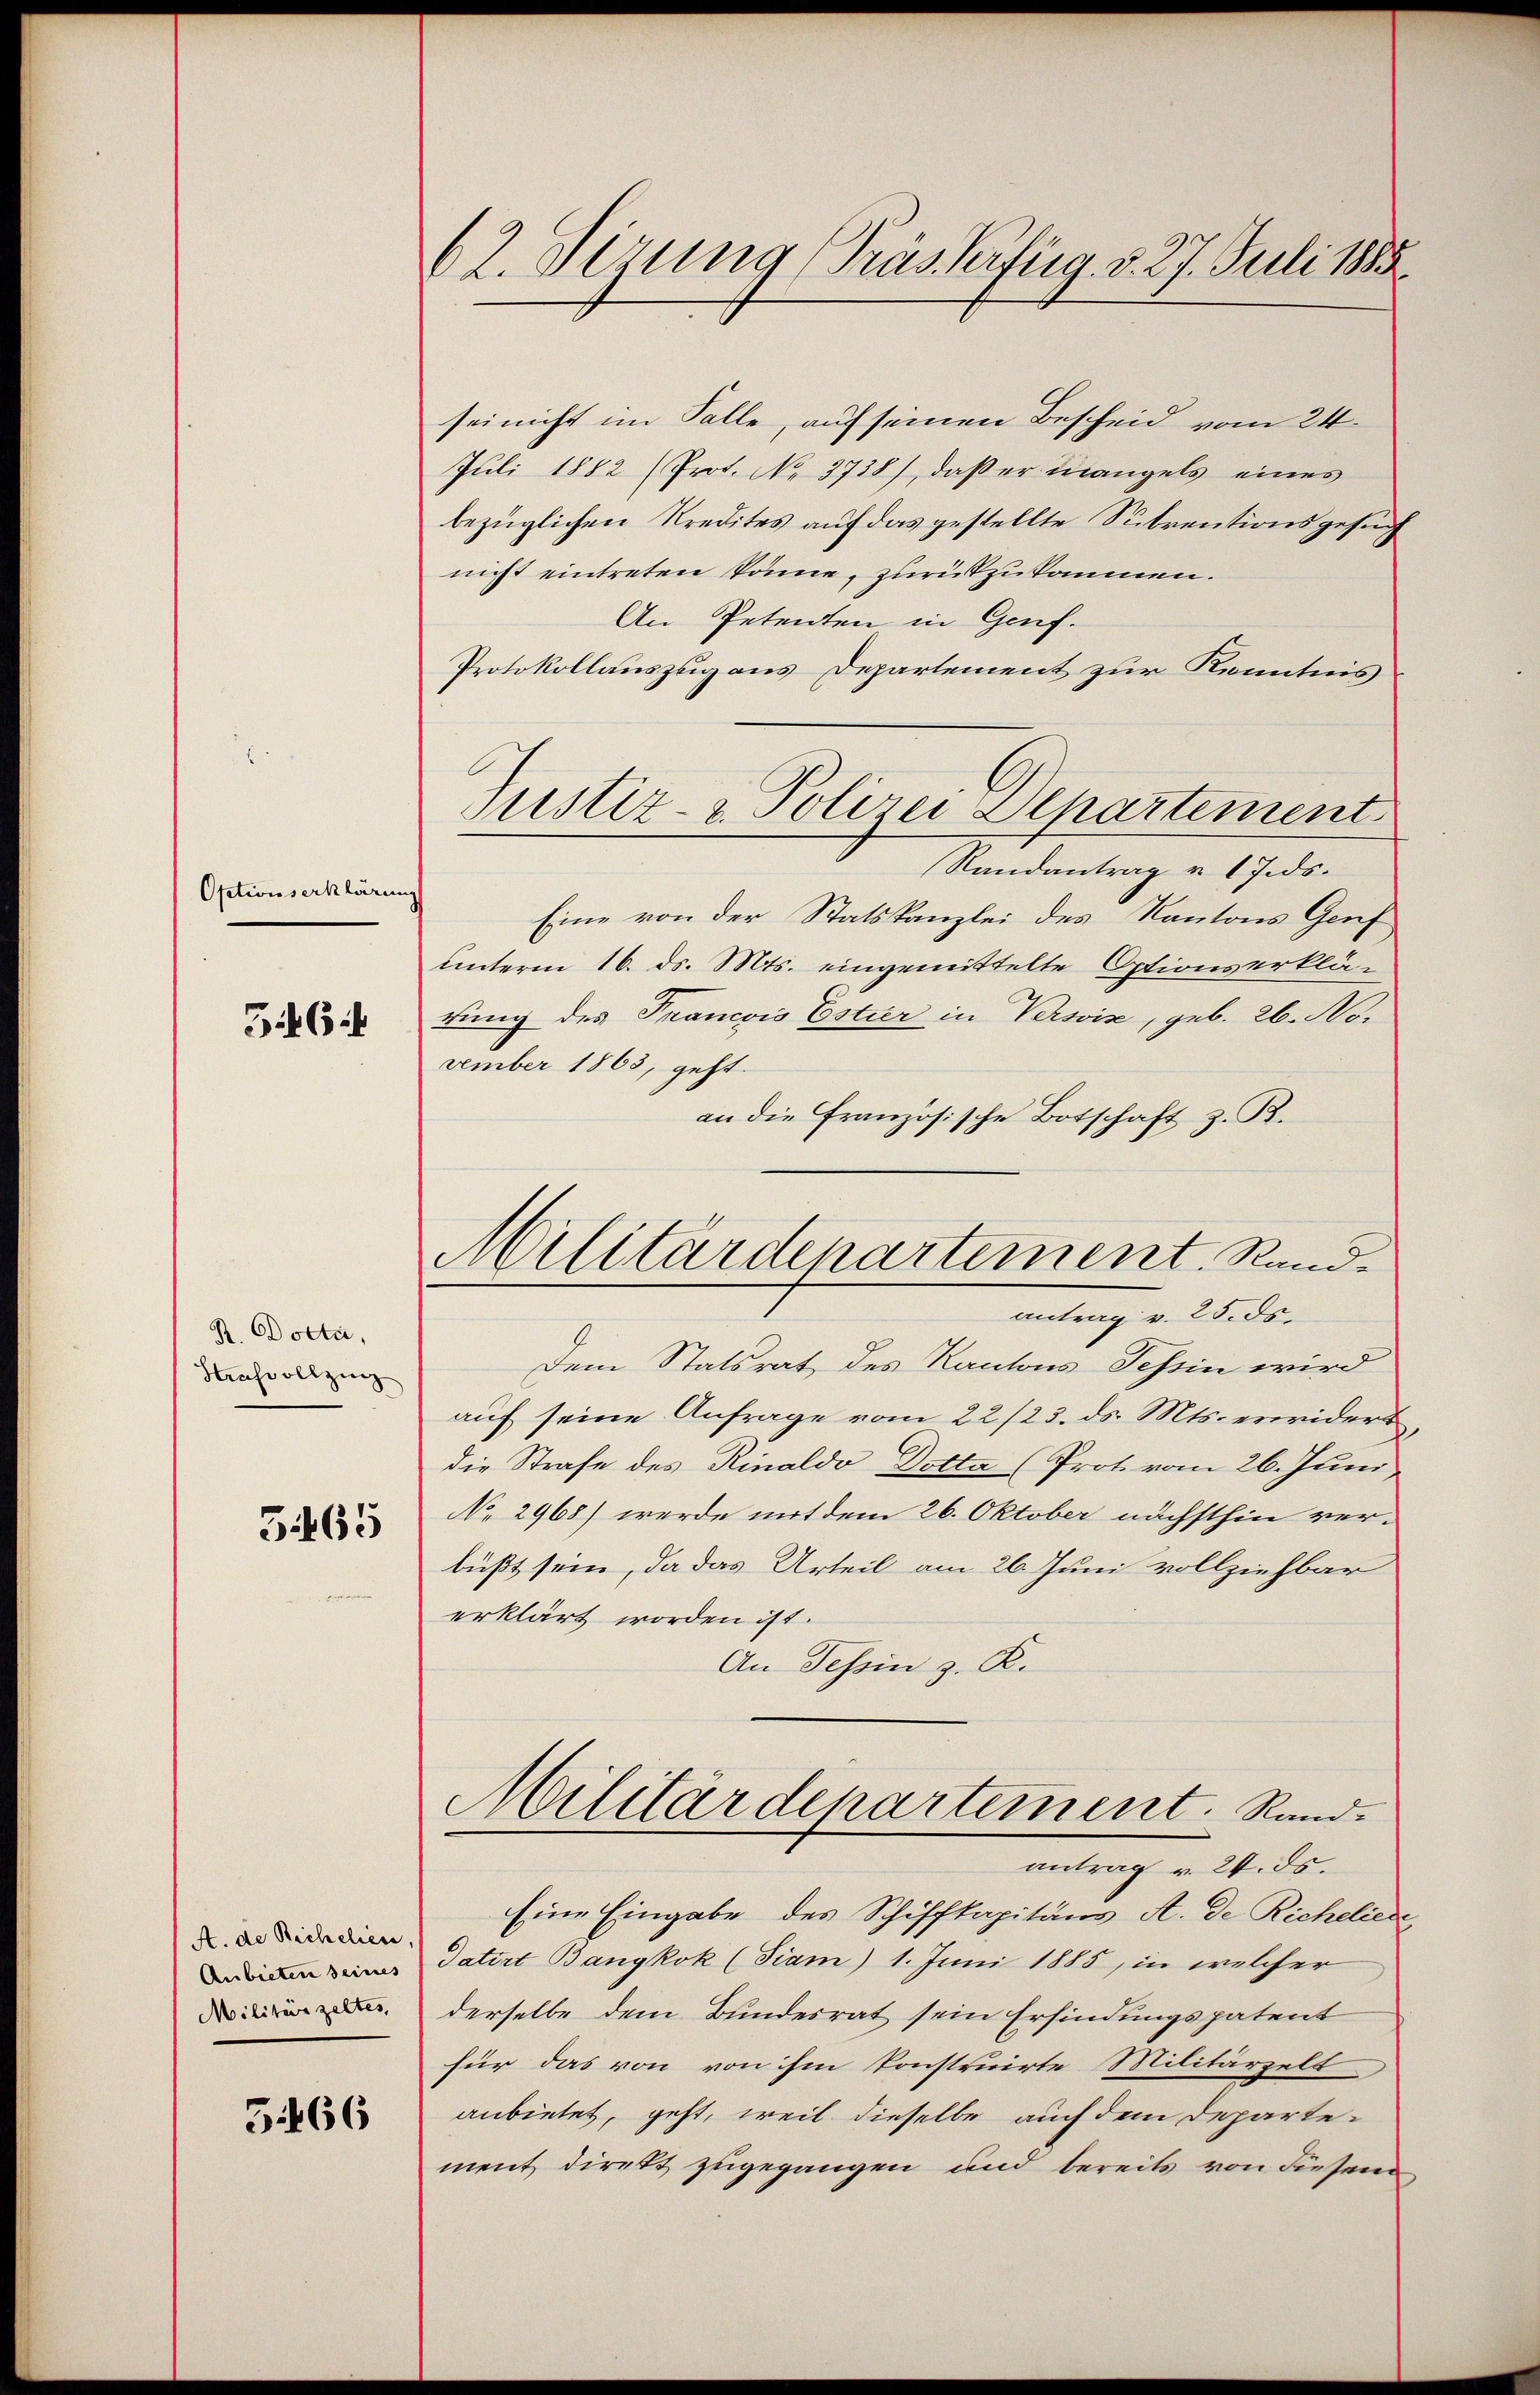
Optionserklärungs

56:

R. Docta,
Steuse allzung
5465

A. de Richelien,
Anbieten seines
Militär zeltes,

5466

62. Sirung (Grässerfug. v. 27. Juli 1885.

sei nicht im Salle, auf seinen Bescheid vom 24.
Juli 1882 (Prot. No 3738), daß er mangels eines
bezüglichen Kredites auf das gestellte Subrentionsgesuch
nicht eintreten könne, zurükzukommen.
An Petenten in Genf.
Protokollauszug aus Departement zur Kenntnis
Randantrag v. 17. ds.
Eine von der Statskanzlei des Kantons Genf
unterm 16. ds. Mts. eingemittelte Optionserklätung des Francois Estier in Versis, geb. 26. No.
vember 1863, geht.
an die Französische Botschaft z. B.
antrag v. 25. ds.
Dem Statsrat des Kantons Tessin wird
auf seine Anfrage vom 22/23. ds. Mts. erwiderr
die Strafe des Rinaldo Dotta (Prot. vom 26. Juni
No 2968) werde mit dem 26. Oktober nächsthin ver-
büßt sein, da das Urteil am 26. Juni vollziehbar
erklärt worden ist.
An Tessin z. K.
Militärdepartement.   Rand
antrag v. 24. ds.
Eine Eingabe des Schiffkapitäns A. de Richeliere,
datirt Bangkok (Tiam) 1. Juni 1885, in welcher
derselbe dem Bundesrat sein Erfindungspatent
für das von von ihm konstruirte Militärzelt
anbietet, geht, weil dieselbe auch dem Departe-
ment direkt zugegangen und bereits von diesem

Justiz- & Polizei Departement

Militärdepartement Rand.